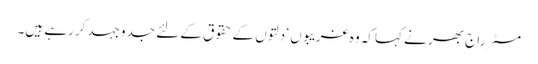
مسٹر راج بھر نے کہاکہ وہ غریبوں ‘ دلتوں کے حقوق کے لئے جدوجہد کررہے ہیں۔